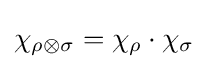
\chi _{\rho \otimes \sigma }=\chi _{\rho }\cdot \chi _{\sigma }